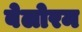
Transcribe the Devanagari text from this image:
बेलोरम